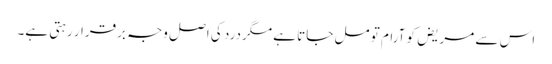
اس سے مریض کو آرام تو مل جاتا ہے مگردرد کی اصل وجہ برقرار رہتی ہے۔